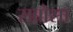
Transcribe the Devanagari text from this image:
सब्रोसा